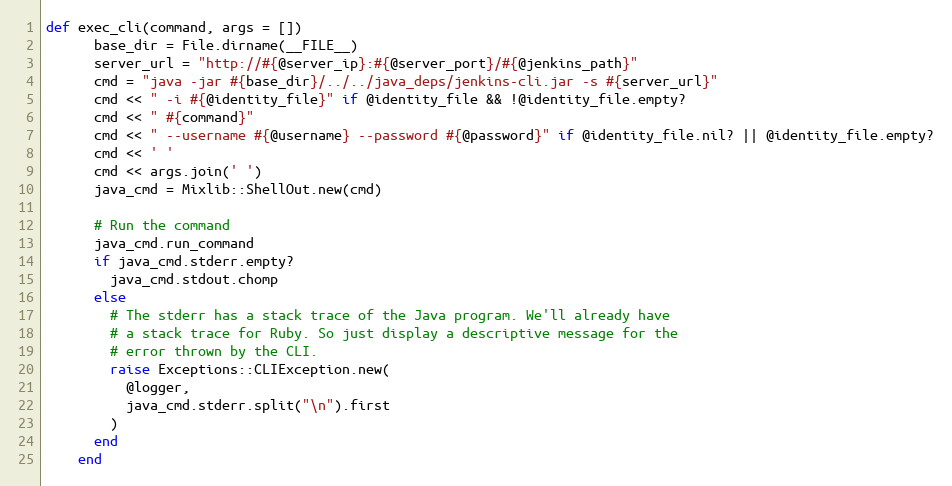
Language: Ruby
def exec_cli(command, args = [])
      base_dir = File.dirname(__FILE__)
      server_url = "http://#{@server_ip}:#{@server_port}/#{@jenkins_path}"
      cmd = "java -jar #{base_dir}/../../java_deps/jenkins-cli.jar -s #{server_url}"
      cmd << " -i #{@identity_file}" if @identity_file && !@identity_file.empty?
      cmd << " #{command}"
      cmd << " --username #{@username} --password #{@password}" if @identity_file.nil? || @identity_file.empty?
      cmd << ' '
      cmd << args.join(' ')
      java_cmd = Mixlib::ShellOut.new(cmd)

      # Run the command
      java_cmd.run_command
      if java_cmd.stderr.empty?
        java_cmd.stdout.chomp
      else
        # The stderr has a stack trace of the Java program. We'll already have
        # a stack trace for Ruby. So just display a descriptive message for the
        # error thrown by the CLI.
        raise Exceptions::CLIException.new(
          @logger,
          java_cmd.stderr.split("\n").first
        )
      end
    end